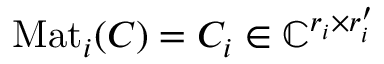
\mathrm { M a t } _ { i } ( C ) = C _ { i } \in \mathbb { C } ^ { r _ { i } \times r _ { i } ^ { \prime } }